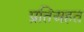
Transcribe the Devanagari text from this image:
प्रतिअहत